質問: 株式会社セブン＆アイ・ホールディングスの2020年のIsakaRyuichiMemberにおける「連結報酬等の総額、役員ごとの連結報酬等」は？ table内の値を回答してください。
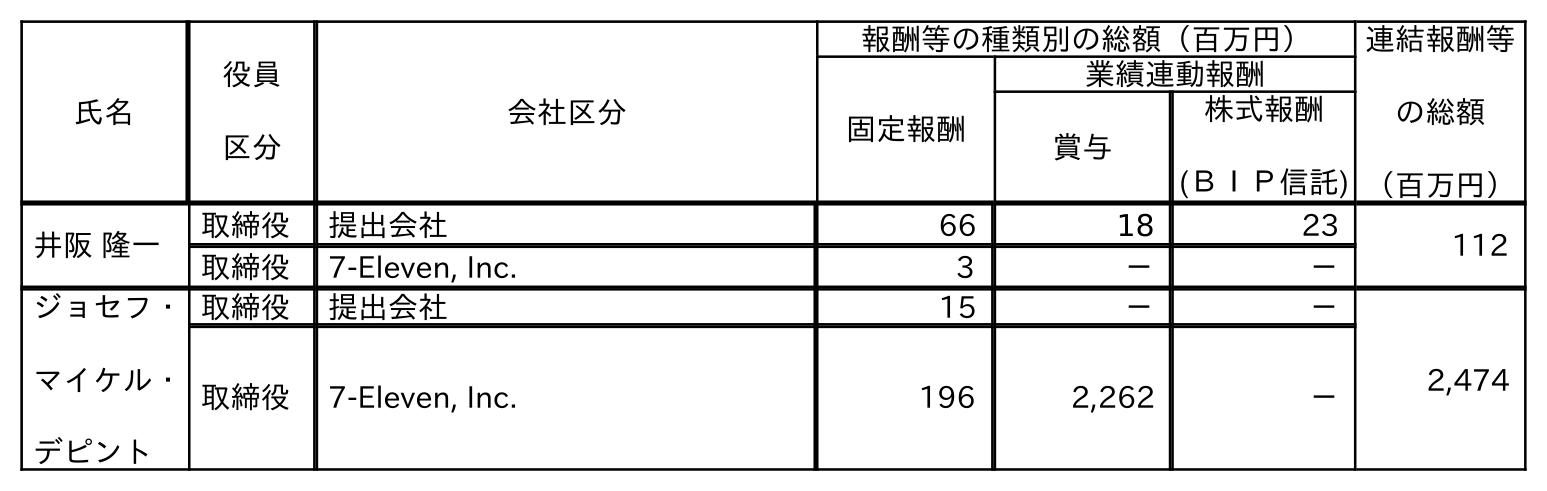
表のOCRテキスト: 氏名 役員 区分 会社区分 報酬等の種類別の総額（百万円） 連結報酬等 の総額 （百万円） 固定報酬 業績連動報酬 賞与 株式報酬 (ＢＩＰ信託) 井阪 隆一 取締役 提出会社 66 18 23 112 取締役 7-Eleven, Inc. 3 － － ジョセフ・ マイケル・ デピント 取締役 提出会社 15 － － 2,474 取締役 7-Eleven, Inc. 196 2,262 －
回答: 112